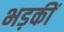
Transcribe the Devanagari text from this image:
भड़कीं